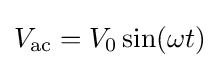
V_{\mathrm {ac} }=V_{0}\sin(\omega t)